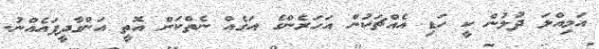
އަމިއްލަ ދުލުން ކީ ހަޑި އެއްޗަކުން އަހަރެންގެ އަގެއް ނެތްކަން އޮތީ އަންގާދީފައެއްނު.